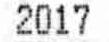
2017